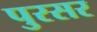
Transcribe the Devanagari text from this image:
पुरसर